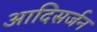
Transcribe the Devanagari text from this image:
आदिसर्जन